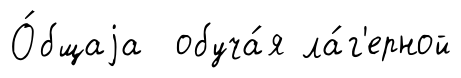
О́бщаjа обуча́я ла́г'ерной